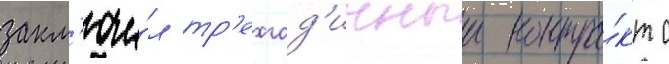
закл'ючи́л тр'ехгод'ичныи контра́кт с